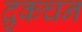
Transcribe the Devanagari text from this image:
द्रुकचन